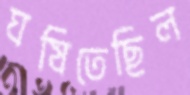
ঘষিতেছিল